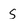
Character: S